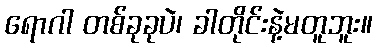
ရောဂါ တစ်ခုခုပဲ၊ ခါတိုင်းနဲ့မတူဘူး။